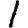
Digit: 1